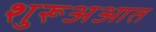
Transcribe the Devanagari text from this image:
शुरूअआत